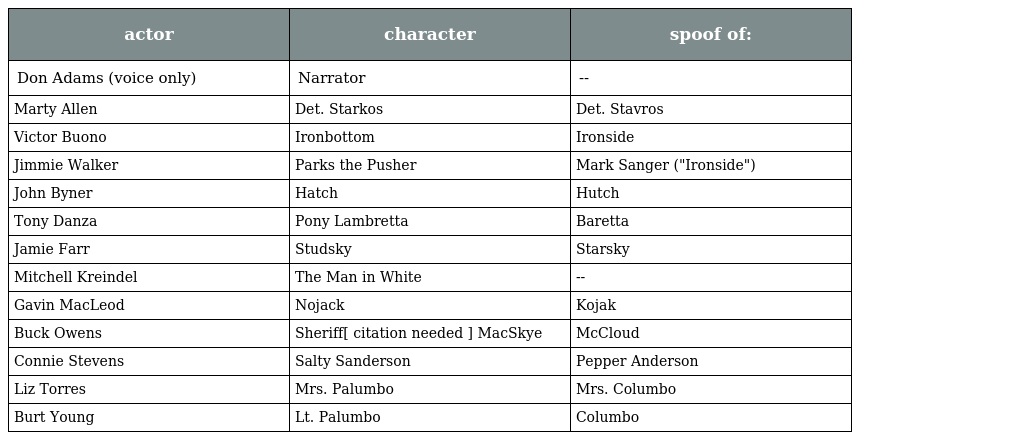
| actor | character | spoof of: |
 | --- | --- | --- |
 | Don Adams (voice only) | Narrator | -- |
 | Marty Allen | Det. Starkos | Det. Stavros |
 | Victor Buono | Ironbottom | Ironside |
 | Jimmie Walker | Parks the Pusher | Mark Sanger ("Ironside") |
 | John Byner | Hatch | Hutch |
 | Tony Danza | Pony Lambretta | Baretta |
 | Jamie Farr | Studsky | Starsky |
 | Mitchell Kreindel | The Man in White | -- |
 | Gavin MacLeod | Nojack | Kojak |
 | Buck Owens | Sheriff[ citation needed ] MacSkye | McCloud |
 | Connie Stevens | Salty Sanderson | Pepper Anderson |
 | Liz Torres | Mrs. Palumbo | Mrs. Columbo |
 | Burt Young | Lt. Palumbo | Columbo |